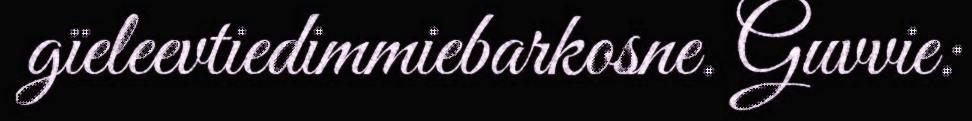
gïeleevtiedimmiebarkosne. Guvvie: